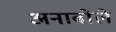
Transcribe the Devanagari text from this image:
अनाबोले